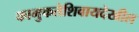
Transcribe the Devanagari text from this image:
कामुकतेशिवायदेखील